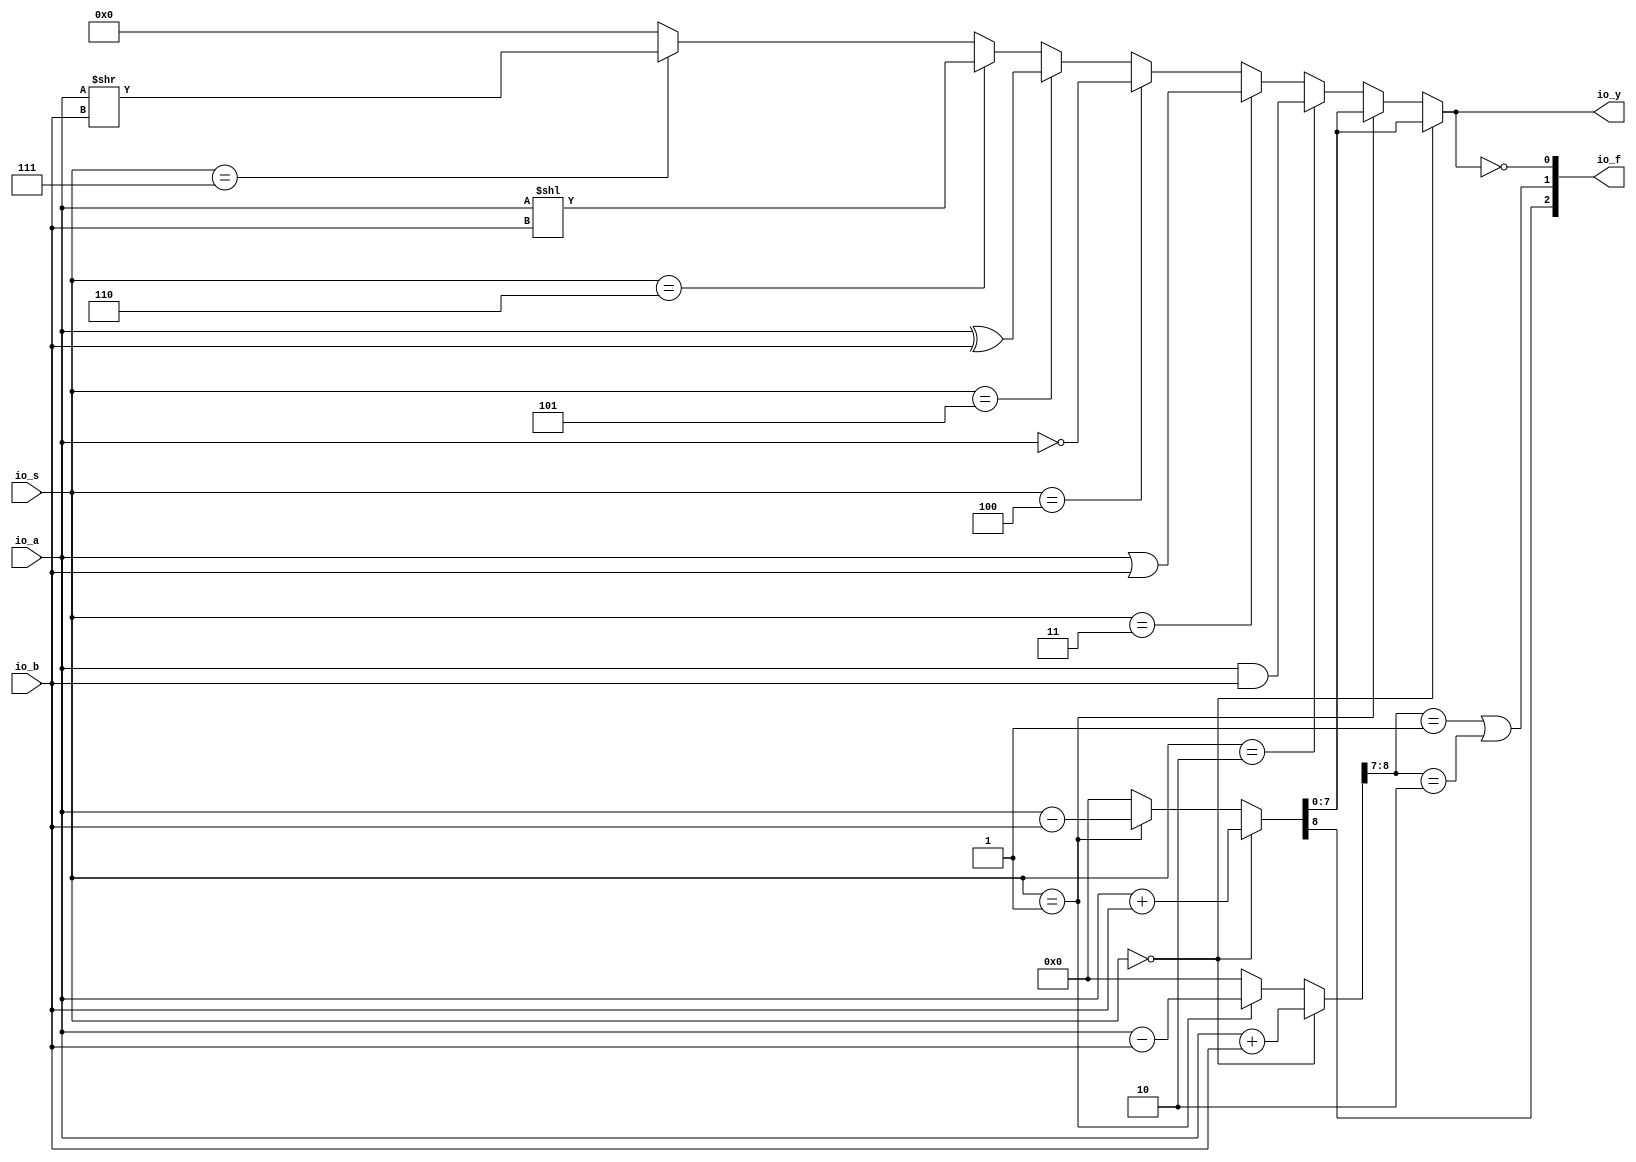
module ALU2( // @[:@3.2]
  input  [7:0] io_a, // @[:@6.4]
  input  [7:0] io_b, // @[:@6.4]
  input  [2:0] io_s, // @[:@6.4]
  output [7:0] io_y, // @[:@6.4]
  output [2:0] io_f // @[:@6.4]
);
  wire  _T_22; // @[ALU2.scala 25:14:@15.4]
  wire [8:0] _T_23; // @[ALU2.scala 26:26:@17.6]
  wire [7:0] _T_24; // @[ALU2.scala 27:25:@19.6]
  wire [7:0] _T_25; // @[ALU2.scala 27:40:@20.6]
  wire [8:0] _T_26; // @[ALU2.scala 27:32:@21.6]
  wire  _T_27; // @[ALU2.scala 29:20:@26.6]
  wire [8:0] _T_28; // @[ALU2.scala 30:26:@28.8]
  wire [8:0] _T_29; // @[ALU2.scala 30:26:@29.8]
  wire [8:0] _T_32; // @[ALU2.scala 31:32:@33.8]
  wire  _T_33; // @[ALU2.scala 33:20:@38.8]
  wire [7:0] _T_34; // @[ALU2.scala 34:18:@40.10]
  wire  _T_35; // @[ALU2.scala 35:20:@44.10]
  wire [7:0] _T_36; // @[ALU2.scala 36:18:@46.12]
  wire  _T_37; // @[ALU2.scala 37:20:@50.12]
  wire [7:0] _T_38; // @[ALU2.scala 38:13:@52.14]
  wire  _T_39; // @[ALU2.scala 39:20:@56.14]
  wire [7:0] _T_40; // @[ALU2.scala 40:18:@58.16]
  wire  _T_41; // @[ALU2.scala 41:20:@62.16]
  wire [262:0] _GEN_12; // @[ALU2.scala 42:18:@64.18]
  wire [262:0] _T_42; // @[ALU2.scala 42:18:@64.18]
  wire  _T_43; // @[ALU2.scala 43:20:@68.18]
  wire [7:0] _T_44; // @[ALU2.scala 44:18:@70.20]
  wire [7:0] _GEN_0; // @[ALU2.scala 43:29:@69.18]
  wire [262:0] _GEN_1; // @[ALU2.scala 41:29:@63.16]
  wire [262:0] _GEN_2; // @[ALU2.scala 39:30:@57.14]
  wire [262:0] _GEN_3; // @[ALU2.scala 37:30:@51.12]
  wire [262:0] _GEN_4; // @[ALU2.scala 35:29:@45.10]
  wire [262:0] _GEN_5; // @[ALU2.scala 33:30:@39.8]
  wire [8:0] _GEN_6; // @[ALU2.scala 29:32:@27.6]
  wire [8:0] _GEN_7; // @[ALU2.scala 29:32:@27.6]
  wire [8:0] arith_result; // @[ALU2.scala 25:24:@16.4]
  wire [262:0] _GEN_8; // @[ALU2.scala 29:32:@27.6]
  wire [8:0] sext_result; // @[ALU2.scala 25:24:@16.4]
  wire [262:0] _GEN_11; // @[ALU2.scala 25:24:@16.4]
  wire  flag_zero; // @[ALU2.scala 49:21:@76.4]
  wire [1:0] _T_48; // @[ALU2.scala 50:32:@78.4]
  wire  _T_50; // @[ALU2.scala 50:43:@79.4]
  wire  _T_53; // @[ALU2.scala 50:81:@81.4]
  wire  flag_overflow; // @[ALU2.scala 50:56:@82.4]
  wire  flag_carry; // @[ALU2.scala 51:29:@84.4]
  wire [1:0] _T_56; // @[Cat.scala 30:58:@86.4]
  assign _T_22 = io_s == 3'h0; // @[ALU2.scala 25:14:@15.4]
  assign _T_23 = io_a + io_b; // @[ALU2.scala 26:26:@17.6]
  assign _T_24 = $signed(io_a); // @[ALU2.scala 27:25:@19.6]
  assign _T_25 = $signed(io_b); // @[ALU2.scala 27:40:@20.6]
  assign _T_26 = $signed(_T_24) + $signed(_T_25); // @[ALU2.scala 27:32:@21.6]
  assign _T_27 = io_s == 3'h1; // @[ALU2.scala 29:20:@26.6]
  assign _T_28 = io_a - io_b; // @[ALU2.scala 30:26:@28.8]
  assign _T_29 = $unsigned(_T_28); // @[ALU2.scala 30:26:@29.8]
  assign _T_32 = $signed(_T_24) - $signed(_T_25); // @[ALU2.scala 31:32:@33.8]
  assign _T_33 = io_s == 3'h2; // @[ALU2.scala 33:20:@38.8]
  assign _T_34 = io_a & io_b; // @[ALU2.scala 34:18:@40.10]
  assign _T_35 = io_s == 3'h3; // @[ALU2.scala 35:20:@44.10]
  assign _T_36 = io_a | io_b; // @[ALU2.scala 36:18:@46.12]
  assign _T_37 = io_s == 3'h4; // @[ALU2.scala 37:20:@50.12]
  assign _T_38 = ~ io_a; // @[ALU2.scala 38:13:@52.14]
  assign _T_39 = io_s == 3'h5; // @[ALU2.scala 39:20:@56.14]
  assign _T_40 = io_a ^ io_b; // @[ALU2.scala 40:18:@58.16]
  assign _T_41 = io_s == 3'h6; // @[ALU2.scala 41:20:@62.16]
  assign _GEN_12 = {{255'd0}, io_a}; // @[ALU2.scala 42:18:@64.18]
  assign _T_42 = _GEN_12 << io_b; // @[ALU2.scala 42:18:@64.18]
  assign _T_43 = io_s == 3'h7; // @[ALU2.scala 43:20:@68.18]
  assign _T_44 = io_a >> io_b; // @[ALU2.scala 44:18:@70.20]
  assign _GEN_0 = _T_43 ? _T_44 : 8'h0; // @[ALU2.scala 43:29:@69.18]
  assign _GEN_1 = _T_41 ? _T_42 : {{255'd0}, _GEN_0}; // @[ALU2.scala 41:29:@63.16]
  assign _GEN_2 = _T_39 ? {{255'd0}, _T_40} : _GEN_1; // @[ALU2.scala 39:30:@57.14]
  assign _GEN_3 = _T_37 ? {{255'd0}, _T_38} : _GEN_2; // @[ALU2.scala 37:30:@51.12]
  assign _GEN_4 = _T_35 ? {{255'd0}, _T_36} : _GEN_3; // @[ALU2.scala 35:29:@45.10]
  assign _GEN_5 = _T_33 ? {{255'd0}, _T_34} : _GEN_4; // @[ALU2.scala 33:30:@39.8]
  assign _GEN_6 = _T_27 ? _T_29 : 9'h0; // @[ALU2.scala 29:32:@27.6]
  assign _GEN_7 = _T_27 ? $signed(_T_32) : $signed(9'sh0); // @[ALU2.scala 29:32:@27.6]
  assign arith_result = _T_22 ? _T_23 : _GEN_6; // @[ALU2.scala 25:24:@16.4]
  assign _GEN_8 = _T_27 ? {{254'd0}, arith_result} : _GEN_5; // @[ALU2.scala 29:32:@27.6]
  assign sext_result = _T_22 ? $signed(_T_26) : $signed(_GEN_7); // @[ALU2.scala 25:24:@16.4]
  assign _GEN_11 = _T_22 ? {{254'd0}, arith_result} : _GEN_8; // @[ALU2.scala 25:24:@16.4]
  assign flag_zero = io_y == 8'h0; // @[ALU2.scala 49:21:@76.4]
  assign _T_48 = sext_result[8:7]; // @[ALU2.scala 50:32:@78.4]
  assign _T_50 = _T_48 == 2'h1; // @[ALU2.scala 50:43:@79.4]
  assign _T_53 = _T_48 == 2'h2; // @[ALU2.scala 50:81:@81.4]
  assign flag_overflow = _T_50 | _T_53; // @[ALU2.scala 50:56:@82.4]
  assign flag_carry = arith_result[8]; // @[ALU2.scala 51:29:@84.4]
  assign _T_56 = {flag_carry,flag_overflow}; // @[Cat.scala 30:58:@86.4]
  assign io_y = _GEN_11[7:0]; // @[ALU2.scala 28:10:@23.6 ALU2.scala 32:10:@35.8 ALU2.scala 34:10:@41.10 ALU2.scala 36:10:@47.12 ALU2.scala 38:10:@53.14 ALU2.scala 40:10:@59.16 ALU2.scala 42:10:@65.18 ALU2.scala 44:10:@71.20 ALU2.scala 46:10:@74.20]
  assign io_f = {_T_56,flag_zero}; // @[ALU2.scala 53:8:@88.4]
endmodule
module ALU2_2( // @[:@177.2]
  input  [3:0] io_a, // @[:@180.4]
  input  [3:0] io_b, // @[:@180.4]
  output [3:0] io_y // @[:@180.4]
);
  wire [3:0] _T_36; // @[ALU2.scala 36:18:@220.12]
  wire [18:0] _GEN_4; // @[ALU2.scala 35:29:@219.10]
  assign _T_36 = io_a | io_b; // @[ALU2.scala 36:18:@220.12]
  assign _GEN_4 = {{15'd0}, _T_36}; // @[ALU2.scala 35:29:@219.10]
  assign io_y = _GEN_4[3:0]; // @[ALU2.scala 28:10:@197.6 ALU2.scala 32:10:@209.8 ALU2.scala 34:10:@215.10 ALU2.scala 36:10:@221.12 ALU2.scala 38:10:@227.14 ALU2.scala 40:10:@233.16 ALU2.scala 42:10:@239.18 ALU2.scala 44:10:@245.20 ALU2.scala 46:10:@248.20]
endmodule
module Compare2( // @[:@351.2]
  input  [7:0] io_x, // @[:@354.4]
  input  [7:0] io_y, // @[:@354.4]
  output       io_ug, // @[:@354.4]
  output       io_eq // @[:@354.4]
);
  wire [7:0] alu_io_a; // @[Compare2.scala 20:19:@356.4]
  wire [7:0] alu_io_b; // @[Compare2.scala 20:19:@356.4]
  wire [2:0] alu_io_s; // @[Compare2.scala 20:19:@356.4]
  wire [7:0] alu_io_y; // @[Compare2.scala 20:19:@356.4]
  wire [2:0] alu_io_f; // @[Compare2.scala 20:19:@356.4]
  wire  _T_21; // @[Compare2.scala 25:12:@364.4]
  wire  _T_22; // @[Compare2.scala 25:30:@365.4]
  wire  _T_23; // @[Compare2.scala 25:21:@366.4]
  ALU2 alu ( // @[Compare2.scala 20:19:@356.4]
    .io_a(alu_io_a),
    .io_b(alu_io_b),
    .io_s(alu_io_s),
    .io_y(alu_io_y),
    .io_f(alu_io_f)
  );
  assign _T_21 = ~ io_eq; // @[Compare2.scala 25:12:@364.4]
  assign _T_22 = alu_io_f[2]; // @[Compare2.scala 25:30:@365.4]
  assign _T_23 = ~ _T_22; // @[Compare2.scala 25:21:@366.4]
  assign io_ug = _T_21 & _T_23; // @[Compare2.scala 25:9:@368.4]
  assign io_eq = alu_io_f[0]; // @[Compare2.scala 24:9:@363.4]
  assign alu_io_a = io_x; // @[Compare2.scala 21:12:@359.4]
  assign alu_io_b = io_y; // @[Compare2.scala 22:12:@360.4]
  assign alu_io_s = 3'h1; // @[Compare2.scala 23:12:@361.4]
endmodule
module Divide( // @[:@387.2]
  input        clock, // @[:@388.4]
  input        reset, // @[:@389.4]
  input  [3:0] io_x, // @[:@390.4]
  input  [3:0] io_y, // @[:@390.4]
  output [3:0] io_q, // @[:@390.4]
  output [3:0] io_r, // @[:@390.4]
  output       io_error, // @[:@390.4]
  output       io_done // @[:@390.4]
);
  wire [7:0] alu_shift_io_a; // @[Divide.scala 20:25:@393.4]
  wire [7:0] alu_shift_io_b; // @[Divide.scala 20:25:@393.4]
  wire [2:0] alu_shift_io_s; // @[Divide.scala 20:25:@393.4]
  wire [7:0] alu_shift_io_y; // @[Divide.scala 20:25:@393.4]
  wire [2:0] alu_shift_io_f; // @[Divide.scala 20:25:@393.4]
  wire [7:0] alu_minus_io_a; // @[Divide.scala 22:25:@397.4]
  wire [7:0] alu_minus_io_b; // @[Divide.scala 22:25:@397.4]
  wire [2:0] alu_minus_io_s; // @[Divide.scala 22:25:@397.4]
  wire [7:0] alu_minus_io_y; // @[Divide.scala 22:25:@397.4]
  wire [2:0] alu_minus_io_f; // @[Divide.scala 22:25:@397.4]
  wire [3:0] alu_q_io_a; // @[Divide.scala 24:21:@401.4]
  wire [3:0] alu_q_io_b; // @[Divide.scala 24:21:@401.4]
  wire [3:0] alu_q_io_y; // @[Divide.scala 24:21:@401.4]
  wire [7:0] cmp_io_x; // @[Divide.scala 26:19:@405.4]
  wire [7:0] cmp_io_y; // @[Divide.scala 26:19:@405.4]
  wire  cmp_io_ug; // @[Divide.scala 26:19:@405.4]
  wire  cmp_io_eq; // @[Divide.scala 26:19:@405.4]
  reg [2:0] state; // @[Divide.scala 18:22:@392.4]
  reg [31:0] _RAND_0;
  reg [7:0] next_x; // @[Divide.scala 28:23:@408.4]
  reg [31:0] _RAND_1;
  reg [3:0] q_now; // @[Divide.scala 35:22:@413.4]
  reg [31:0] _RAND_2;
  wire  _T_27; // @[Divide.scala 41:19:@418.4]
  wire [7:0] _GEN_1; // @[Divide.scala 41:32:@419.4]
  wire [3:0] _GEN_2; // @[Divide.scala 41:32:@419.4]
  wire  _T_30; // @[Conditional.scala 37:30:@428.4]
  wire  _T_32; // @[Divide.scala 59:18:@430.6]
  wire [3:0] _GEN_4; // @[Divide.scala 59:27:@431.6]
  wire [7:0] _GEN_5; // @[Divide.scala 59:27:@431.6]
  wire [1:0] _GEN_6; // @[Divide.scala 59:27:@431.6]
  wire [3:0] _GEN_7; // @[Divide.scala 59:27:@431.6]
  wire [2:0] _GEN_8; // @[Divide.scala 59:27:@431.6]
  wire  _T_39; // @[Conditional.scala 37:30:@444.6]
  wire  _T_42; // @[Conditional.scala 37:30:@451.8]
  wire  _T_45; // @[Conditional.scala 37:30:@458.10]
  wire  _T_48; // @[Conditional.scala 37:30:@465.12]
  wire [2:0] _GEN_12; // @[Conditional.scala 39:67:@459.10]
  wire  _GEN_13; // @[Conditional.scala 39:67:@459.10]
  wire [1:0] _GEN_15; // @[Conditional.scala 39:67:@452.8]
  wire [2:0] _GEN_16; // @[Conditional.scala 39:67:@452.8]
  wire  _GEN_17; // @[Conditional.scala 39:67:@452.8]
  wire [1:0] _GEN_18; // @[Conditional.scala 39:67:@445.6]
  wire [2:0] _GEN_19; // @[Conditional.scala 39:67:@445.6]
  wire [2:0] _GEN_20; // @[Conditional.scala 39:67:@445.6]
  wire  _GEN_21; // @[Conditional.scala 39:67:@445.6]
  wire [7:0] _GEN_25; // @[Conditional.scala 40:58:@429.4]
  wire [1:0] _GEN_26; // @[Conditional.scala 40:58:@429.4]
  wire [2:0] _GEN_28; // @[Conditional.scala 40:58:@429.4]
  ALU2 alu_shift ( // @[Divide.scala 20:25:@393.4]
    .io_a(alu_shift_io_a),
    .io_b(alu_shift_io_b),
    .io_s(alu_shift_io_s),
    .io_y(alu_shift_io_y),
    .io_f(alu_shift_io_f)
  );
  ALU2 alu_minus ( // @[Divide.scala 22:25:@397.4]
    .io_a(alu_minus_io_a),
    .io_b(alu_minus_io_b),
    .io_s(alu_minus_io_s),
    .io_y(alu_minus_io_y),
    .io_f(alu_minus_io_f)
  );
  ALU2_2 alu_q ( // @[Divide.scala 24:21:@401.4]
    .io_a(alu_q_io_a),
    .io_b(alu_q_io_b),
    .io_y(alu_q_io_y)
  );
  Compare2 cmp ( // @[Divide.scala 26:19:@405.4]
    .io_x(cmp_io_x),
    .io_y(cmp_io_y),
    .io_ug(cmp_io_ug),
    .io_eq(cmp_io_eq)
  );
  assign _T_27 = cmp_io_ug | cmp_io_eq; // @[Divide.scala 41:19:@418.4]
  assign _GEN_1 = _T_27 ? alu_minus_io_y : next_x; // @[Divide.scala 41:32:@419.4]
  assign _GEN_2 = _T_27 ? alu_q_io_y : q_now; // @[Divide.scala 41:32:@419.4]
  assign _T_30 = 3'h0 == state; // @[Conditional.scala 37:30:@428.4]
  assign _T_32 = io_y == 4'h0; // @[Divide.scala 59:18:@430.6]
  assign _GEN_4 = _T_32 ? 4'h0 : q_now; // @[Divide.scala 59:27:@431.6]
  assign _GEN_5 = _T_32 ? 8'h0 : next_x; // @[Divide.scala 59:27:@431.6]
  assign _GEN_6 = _T_32 ? 2'h0 : 2'h3; // @[Divide.scala 59:27:@431.6]
  assign _GEN_7 = _T_32 ? 4'h0 : 4'h8; // @[Divide.scala 59:27:@431.6]
  assign _GEN_8 = _T_32 ? state : 3'h1; // @[Divide.scala 59:27:@431.6]
  assign _T_39 = 3'h1 == state; // @[Conditional.scala 37:30:@444.6]
  assign _T_42 = 3'h2 == state; // @[Conditional.scala 37:30:@451.8]
  assign _T_45 = 3'h3 == state; // @[Conditional.scala 37:30:@458.10]
  assign _T_48 = 3'h4 == state; // @[Conditional.scala 37:30:@465.12]
  assign _GEN_12 = _T_45 ? 3'h4 : state; // @[Conditional.scala 39:67:@459.10]
  assign _GEN_13 = _T_45 ? 1'h0 : _T_48; // @[Conditional.scala 39:67:@459.10]
  assign _GEN_15 = _T_42 ? 2'h2 : {{1'd0}, _T_45}; // @[Conditional.scala 39:67:@452.8]
  assign _GEN_16 = _T_42 ? 3'h3 : _GEN_12; // @[Conditional.scala 39:67:@452.8]
  assign _GEN_17 = _T_42 ? 1'h0 : _GEN_13; // @[Conditional.scala 39:67:@452.8]
  assign _GEN_18 = _T_39 ? 2'h2 : {{1'd0}, _T_42}; // @[Conditional.scala 39:67:@445.6]
  assign _GEN_19 = _T_39 ? 3'h4 : {{1'd0}, _GEN_15}; // @[Conditional.scala 39:67:@445.6]
  assign _GEN_20 = _T_39 ? 3'h2 : _GEN_16; // @[Conditional.scala 39:67:@445.6]
  assign _GEN_21 = _T_39 ? 1'h0 : _GEN_17; // @[Conditional.scala 39:67:@445.6]
  assign _GEN_25 = _T_30 ? _GEN_5 : next_x; // @[Conditional.scala 40:58:@429.4]
  assign _GEN_26 = _T_30 ? _GEN_6 : _GEN_18; // @[Conditional.scala 40:58:@429.4]
  assign _GEN_28 = _T_30 ? _GEN_8 : _GEN_20; // @[Conditional.scala 40:58:@429.4]
  assign io_q = _T_30 ? _GEN_4 : q_now; // @[Divide.scala 49:8:@426.4 Divide.scala 62:14:@434.8]
  assign io_r = _GEN_25[3:0]; // @[Divide.scala 50:8:@427.4 Divide.scala 63:14:@435.8]
  assign io_error = _T_30 ? _T_32 : 1'h0; // @[Divide.scala 47:12:@424.4 Divide.scala 60:18:@432.8]
  assign io_done = _T_30 ? _T_32 : _GEN_21; // @[Divide.scala 48:11:@425.4 Divide.scala 61:17:@433.8 Divide.scala 86:15:@467.14]
  assign alu_shift_io_a = {{4'd0}, io_y}; // @[Divide.scala 30:18:@409.4]
  assign alu_shift_io_b = {{6'd0}, _GEN_26}; // @[Divide.scala 31:18:@410.4 Divide.scala 65:24:@438.8 Divide.scala 71:22:@446.8 Divide.scala 76:22:@453.10 Divide.scala 81:22:@460.12]
  assign alu_shift_io_s = 3'h6; // @[Divide.scala 21:18:@396.4]
  assign alu_minus_io_a = next_x; // @[Divide.scala 32:18:@411.4]
  assign alu_minus_io_b = _T_27 ? alu_shift_io_y : 8'h0; // @[Divide.scala 33:18:@412.4 Divide.scala 42:20:@420.6]
  assign alu_minus_io_s = 3'h1; // @[Divide.scala 23:18:@400.4]
  assign alu_q_io_a = q_now; // @[Divide.scala 36:14:@414.4]
  assign alu_q_io_b = _T_30 ? _GEN_7 : {{1'd0}, _GEN_19}; // @[Divide.scala 37:14:@415.4 Divide.scala 66:20:@439.8 Divide.scala 72:18:@447.8 Divide.scala 77:18:@454.10 Divide.scala 82:18:@461.12]
  assign cmp_io_x = next_x; // @[Divide.scala 39:12:@416.4]
  assign cmp_io_y = alu_shift_io_y; // @[Divide.scala 40:12:@417.4]
`ifdef RANDOMIZE_GARBAGE_ASSIGN
`define RANDOMIZE
`endif
`ifdef RANDOMIZE_INVALID_ASSIGN
`define RANDOMIZE
`endif
`ifdef RANDOMIZE_REG_INIT
`define RANDOMIZE
`endif
`ifdef RANDOMIZE_MEM_INIT
`define RANDOMIZE
`endif
`ifndef RANDOM
`define RANDOM $random
`endif
`ifdef RANDOMIZE
  integer initvar;
  initial begin
    `ifdef INIT_RANDOM
      `INIT_RANDOM
    `endif
    `ifndef VERILATOR
      #0.002 begin end
    `endif
  `ifdef RANDOMIZE_REG_INIT
  _RAND_0 = {1{`RANDOM}};
  state = _RAND_0[2:0];
  `endif // RANDOMIZE_REG_INIT
  `ifdef RANDOMIZE_REG_INIT
  _RAND_1 = {1{`RANDOM}};
  next_x = _RAND_1[7:0];
  `endif // RANDOMIZE_REG_INIT
  `ifdef RANDOMIZE_REG_INIT
  _RAND_2 = {1{`RANDOM}};
  q_now = _RAND_2[3:0];
  `endif // RANDOMIZE_REG_INIT
  end
`endif // RANDOMIZE
  always @(posedge clock) begin
    if (reset) begin
      state <= 3'h0;
    end else begin
      if (_T_30) begin
        if (!(_T_32)) begin
          state <= 3'h1;
        end
      end else begin
        if (_T_39) begin
          state <= 3'h2;
        end else begin
          if (_T_42) begin
            state <= 3'h3;
          end else begin
            if (_T_45) begin
              state <= 3'h4;
            end
          end
        end
      end
    end
    if (reset) begin
      next_x <= {{4'd0}, io_x};
    end else begin
      if (_T_27) begin
        next_x <= alu_minus_io_y;
      end
    end
    if (reset) begin
      q_now <= 4'h0;
    end else begin
      if (_T_27) begin
        q_now <= alu_q_io_y;
      end
    end
  end
endmodule